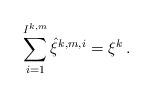
LaTeX: \begin{align*} \sum_{i=1}^{I^{k,m}} \hat{\xi}^{k,m,i}=\xi^k\,. \end{align*}